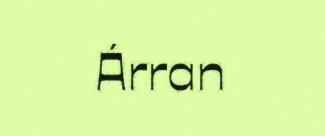
Árran